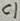
Text: C1